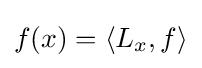
f(x)=\langle L_{x},f\rangle